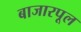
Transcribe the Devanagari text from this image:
बाजारपूल